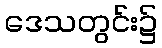
ဒေသတွင်း၌